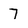
Character: 7